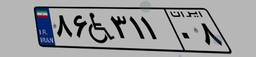
۱۴W۷۲۴۷۱